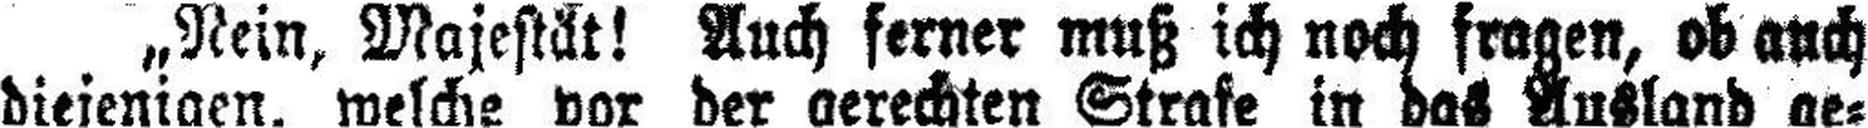
„Nein, Majestät! Auch ferner muß ich noch fragen, ob auch